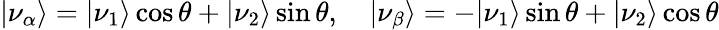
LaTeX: \vert\nu_{\alpha}\rangle=\vert\nu_{1}\rangle\cos\theta+\vert\nu_{2}\rangle\sin\theta,\quad\vert\nu_{\beta}\rangle=-\vert\nu_{1}\rangle\sin\theta+\vert\nu_{2}\rangle\cos\theta